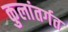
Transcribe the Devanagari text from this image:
कुलांतर्गत